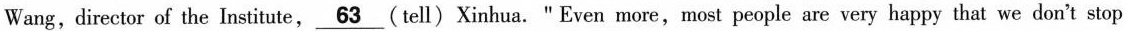
Wang, director of the Institute, \underline{63} (tell) Xinhua. " Even more,most people are very happy that we don't stop